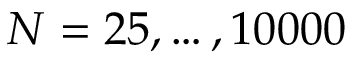
N = 2 5 , \ldots , 1 0 0 0 0